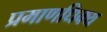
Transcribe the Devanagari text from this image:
प्रमाणधिक्य